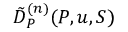
\tilde { D } _ { P } ^ { ( n ) } ( P , u , S )